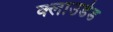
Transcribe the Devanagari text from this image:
क्लाउडेड